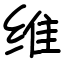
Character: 维